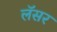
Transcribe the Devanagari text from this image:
लॅसर